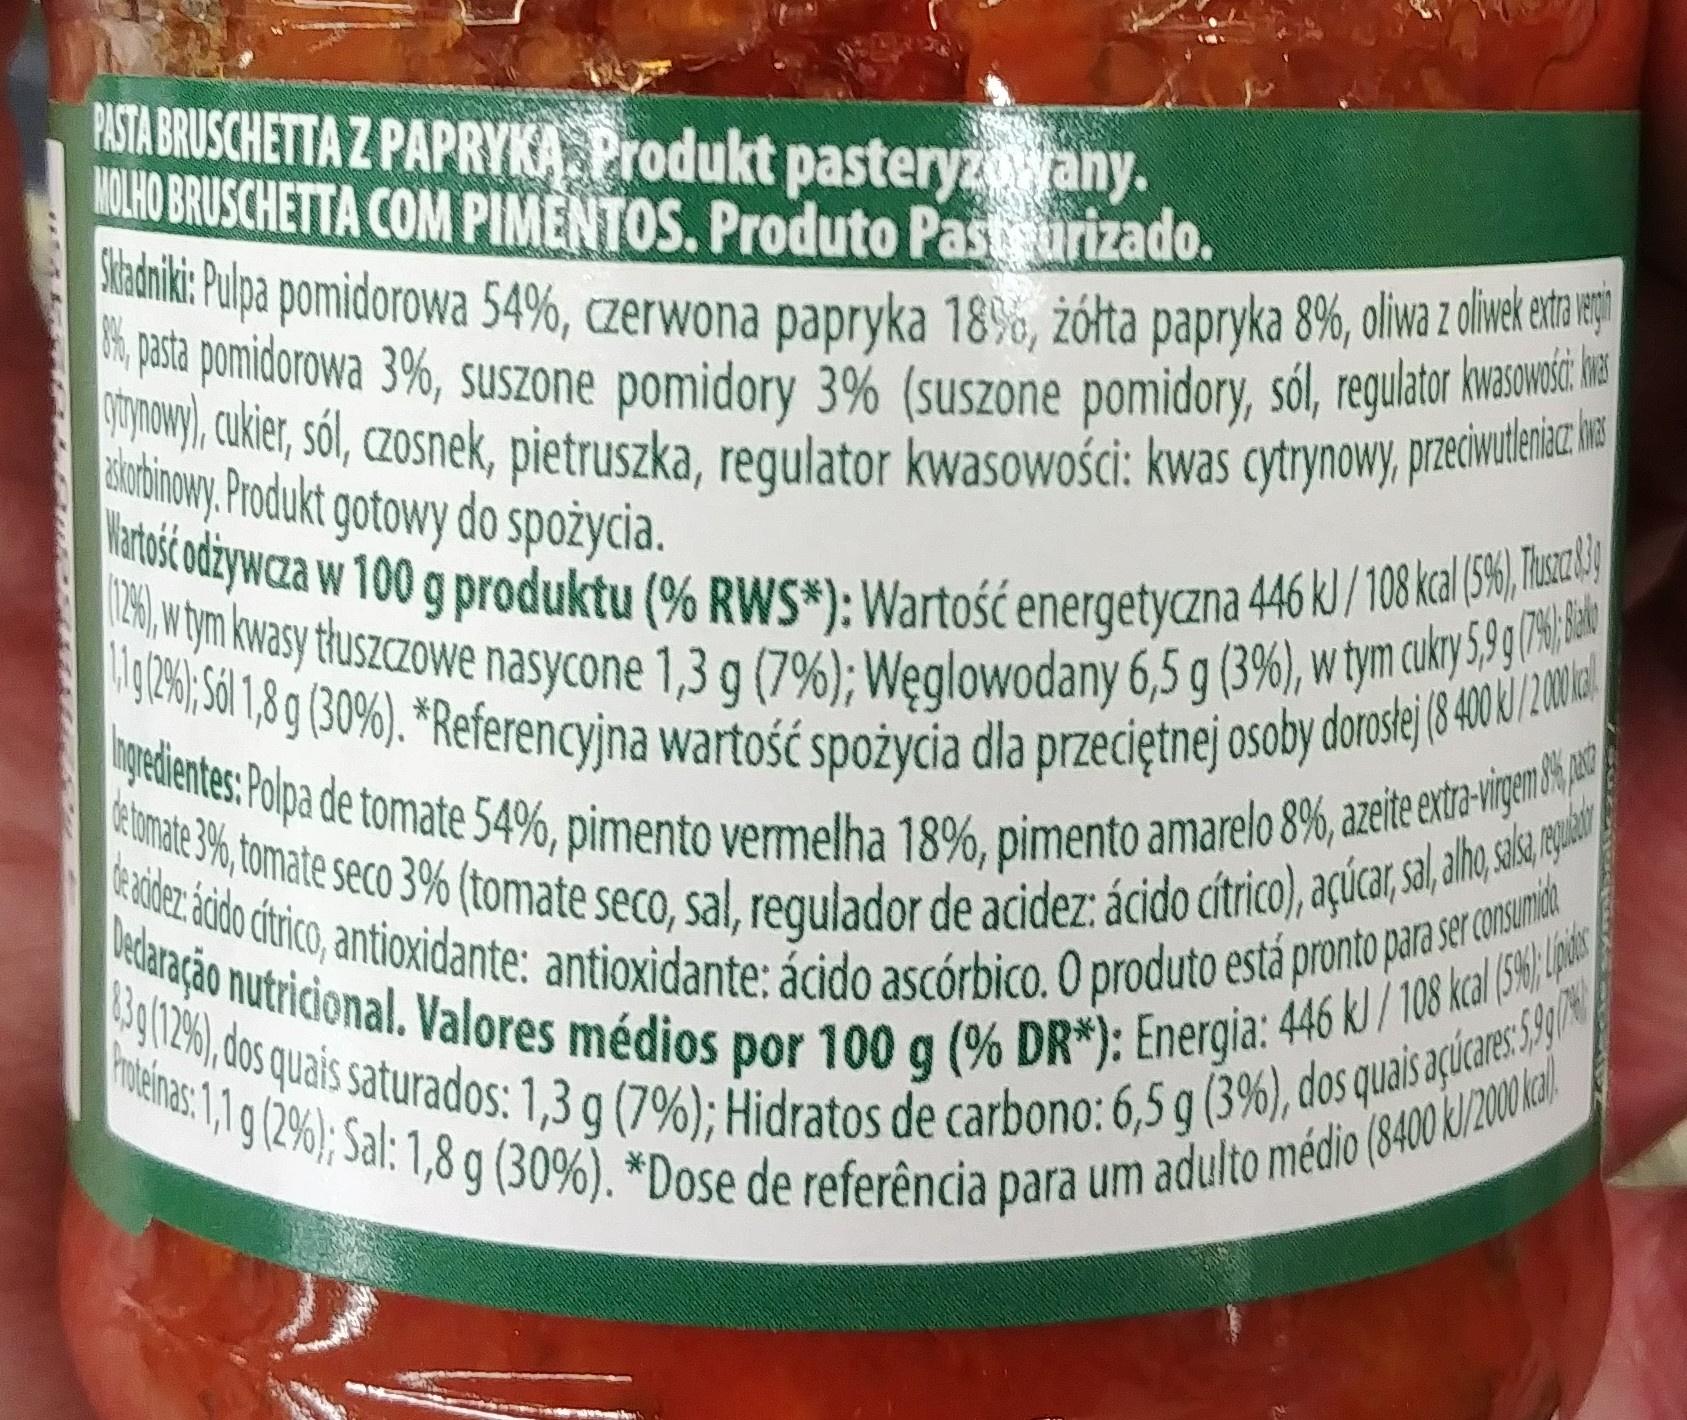
PISTA BRUSCHETTA Z PAPRYKA, Produkt pasteryzowany. MOLHO BRUSCHETTA COM PIMENTOS. Produto Pasteurizado. IGdmiki: Pulpa pomidorowa 54%, czerwona papryka 18%, žółta papryka 8%, oliwa z liwe eur % pasta pomidorowa 3%, suszone pomidory 3% (suszone pomidory, sól, regulator kwasowi he otymowy), aukier, sól, czosnek, pietruszka, regulator kwasowości: kwas cytrynowy, preiwulenic ha ubinowy. Produkt gotowy do spożycia. Watos odżywcza w 100 g produktu (% RWS*): Wartość energetyczna 446 kl/108 kal (5%), Mal ICH),w ym kwasy thuszczowe nasycone 1,3 g (7%); Węglowodany 6,5 g (3%), w tym cuky 5, g ia ig24),561,8 30%. "Referencyjna wartość spożycia dla przeciętnej osoby dorosej (840 / 20ni hgedentes: Polpa de tomate 54%, pimento vermelha 18%, pimento amarelo 8%, azeite extr-vige i as etomate 3%,tomate seco 3% (tomate seco, sal, regulador de acidez: ácido cítrico), açúcar, sa, alho,sak gadan exodez aodo dtrico, antioxidante: antioxidante: ácido ascórbico. O produto está pronto para sercnsuit Dedaração nutricional. Valores médios por 100 g (% DR*): Energia: 446 k) / 108 kcal (5 13g(124), dos quais saturados: 1,3 g (7%); Hidratos de carbono: 6,5 g (3%), dos quais açucares:5SAy mteinas: 1,1 g (2%); Sal: 1,8 g (30%). *Dose de referência para um adulto médio (8400 kl/20 kl.